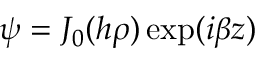
\psi = J _ { 0 } ( h \rho ) \exp ( i \beta z )